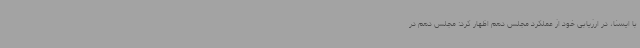
با ایسنا، در ارزیابی خود از عملکرد مجلس دهم اظهار کرد: مجلس دهم در